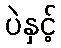
ပဲနှင့်